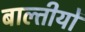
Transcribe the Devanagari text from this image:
बाल्तीयों